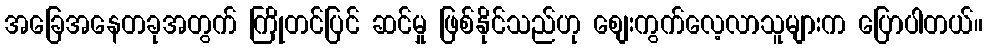
အခြေအနေတခုအတွက် ကြိုတင်ပြင် ဆင်မှု ဖြစ်နိုင်သည်ဟု စျေးကွက်လေ့လာသူများက ပြောပါတယ်။